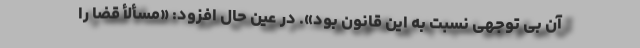
آن بی توجهی نسبت به این قانون بود». در عین حال افزود: «مسألأ قضا را